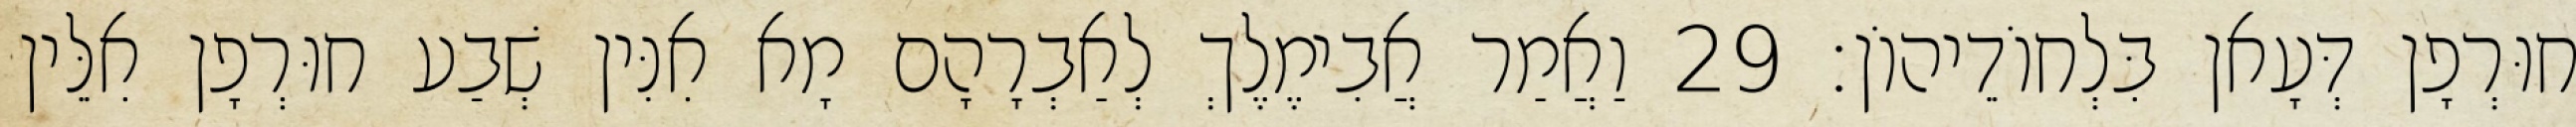
חוּרְפָן דְּעָאן בִּלְחוֹדֵיהוֹן׃ 29 וַאֲמַר אֲבִימֶלֶךְ לְאַבְרָהָם מָא אִנִּין שְׁבַע חוּרְפָן אִלֵּין